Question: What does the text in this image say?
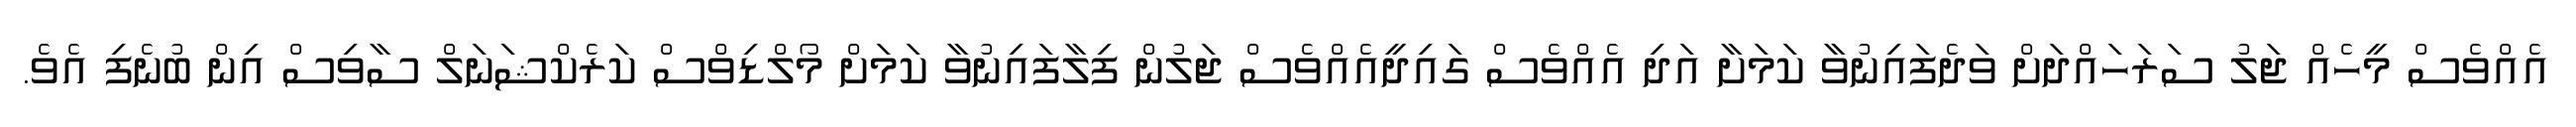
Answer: އެއްވެސް މީހެއް ޖަލު ސަރަހައްދަށް ވަދެފައިނުވާ ކަމަށާ އަދި އެއްވެސް ގައިދީއެއްވެސް ޖަލުން ފިލާފައިނުވާ ކަމަށް މޯލްޑިވްސް ކަރެކްޝަނަލް ސާވިސް އިން ބުނެފި އެވެ.